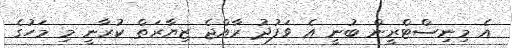
އެ މިނިސްޓްރީން ބުނީ އެ ވަފުދު ރާއްޖެ ޒިޔާރަތް ކުރާނީ މި މަހުގެ